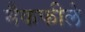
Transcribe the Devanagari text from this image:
मैकफीले